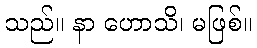
သည်။ နာ ဟောသိ၊ မဖြစ်။